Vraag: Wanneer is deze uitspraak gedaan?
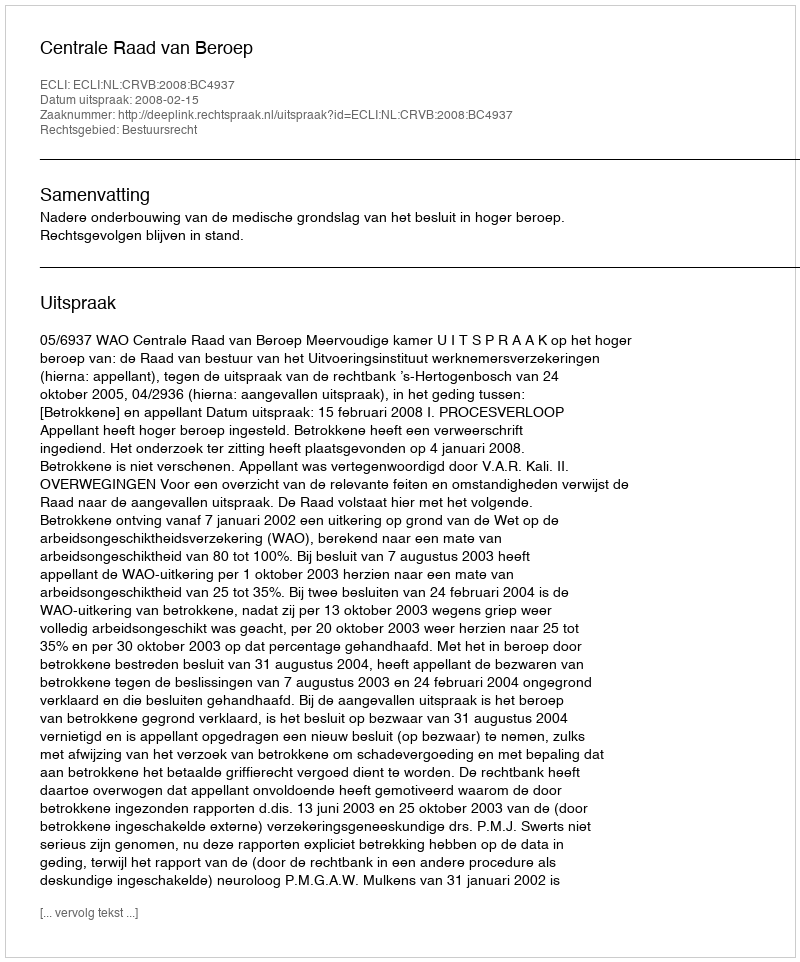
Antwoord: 2008-02-15